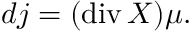
d j = ( \operatorname { d i v } X ) \mu .